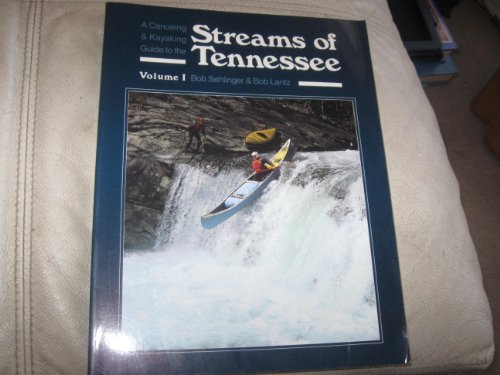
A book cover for A Canoeing and Kayaking Guide to the Streams of Tennessee Volume 1 (Menasha Ridge Press Guide Books); Bob Sehlinger; Travel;